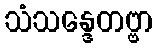
သံသန္ဒေတဗ္ဗာ